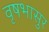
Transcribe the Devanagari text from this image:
वृषभासुर